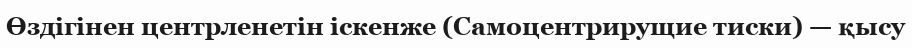
Өздігінен центрленетін іскенже (Самоцентрирущие тиски) — қысу